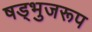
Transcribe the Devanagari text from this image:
षड्भुजरूप